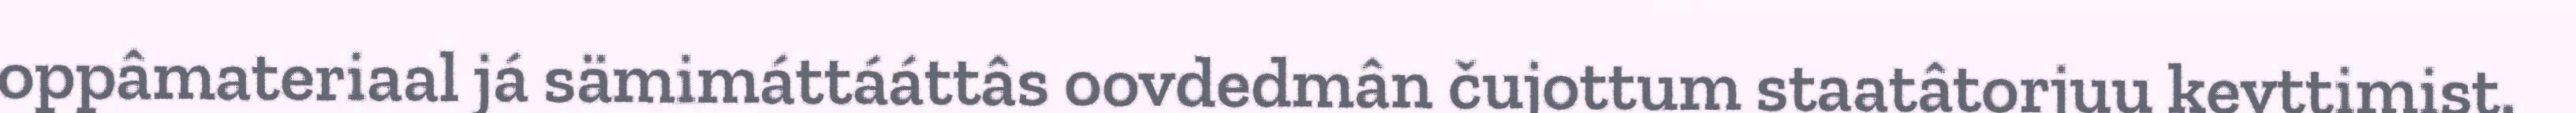
oppâmateriaal já sämimáttááttâs oovdedmân čujottum staatâtorjuu kevttimist.